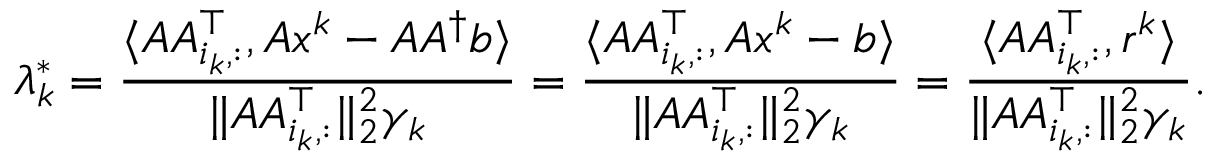
\lambda _ { k } ^ { * } = \frac { \langle A A _ { i _ { k } , : } ^ { \top } , A x ^ { k } - A A ^ { \dagger } b \rangle } { \| A A _ { i _ { k } , : } ^ { \top } \| _ { 2 } ^ { 2 } \gamma _ { k } } = \frac { \langle A A _ { i _ { k } , : } ^ { \top } , A x ^ { k } - b \rangle } { \| A A _ { i _ { k } , : } ^ { \top } \| _ { 2 } ^ { 2 } \gamma _ { k } } = \frac { \langle A A _ { i _ { k } , : } ^ { \top } , r ^ { k } \rangle } { \| A A _ { i _ { k } , : } ^ { \top } \| _ { 2 } ^ { 2 } \gamma _ { k } } .